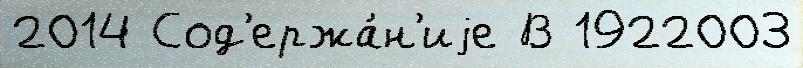
2014 Сод'ержа́н'иjе В 1922003